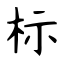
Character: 标